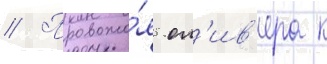
// Провожа́я ол'ив'ера к